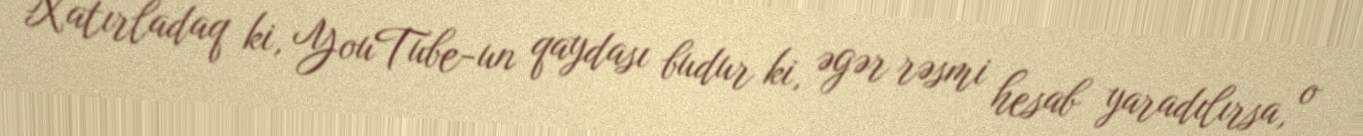
Xatırladaq ki, YouTube-un qaydası budur ki, əgər rəsmi hesab yaradılırsa, o